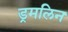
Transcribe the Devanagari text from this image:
ड्रमलिन